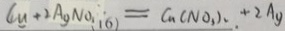
C u + 2 A g N o _ { 1 6 } ) = C a ( N o _ { 3 } ) _ { 2 } \cdot + 2 A _ { y }